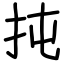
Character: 扽